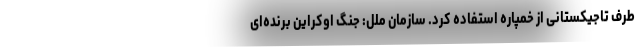
طرف تاجیکستانی از خمپاره استفاده کرد. سازمان ملل: جنگ اوکراین برنده‌ای